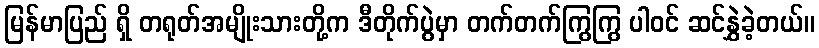
မြန်မာပြည် ရှိ တရုတ်အမျိုးသားတို့က ဒီတိုက်ပွဲမှာ တက်တက်ကြွကြွ ပါဝင် ဆင်နွှဲခဲ့တယ်။